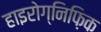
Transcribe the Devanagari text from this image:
हाइरोग्निफ़िक